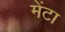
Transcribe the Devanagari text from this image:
मेंटा